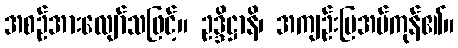
အစဉ်အားလျော်သဖြင့်။ ဥဒ္ဒိဋ္ဌာနိ၊ အကျဉ်းပြအပ်ကုန်၏။